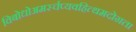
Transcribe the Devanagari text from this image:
विबोधोअमर्स्चप्यवहित्थमदोग्रता